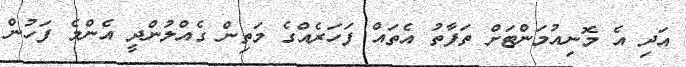
އަދި އެ މޮނިއުމަންޓަށް ތަފާތު އެތައް ފަހަރެއްގެ މަތިން ގެއްލުންދީ އެންމެ ފަހުން